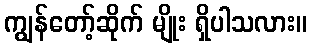
ကျွန်တော့်ဆိုက် မျိုး ရှိပါသလား။